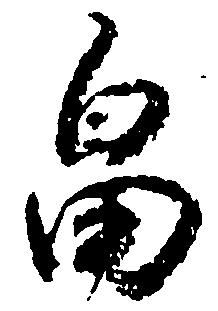
畠